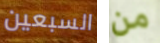
السبعين من